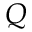
Q